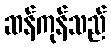
ဆန်ကုန်သည်